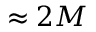
\approx 2 M